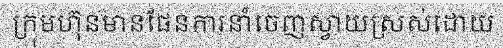
ក្រុមហ៊ុនមានផែនការនាំចេញស្វាយស្រស់ដោយ